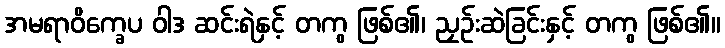
အမရာဝိက္ခေပ ဝါဒ ဆင်းရဲနှင့် တကွ ဖြစ်၏၊ ညှဉ်းဆဲခြင်းနှင့် တကွ ဖြစ်၏။